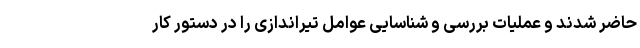
حاضر شدند و عملیات بررسی و شناسایی عوامل تیراندازی را در دستور کار